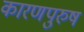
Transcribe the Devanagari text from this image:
कारणपुरुष